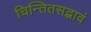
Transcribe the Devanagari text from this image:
चिन्तितसद्भावं